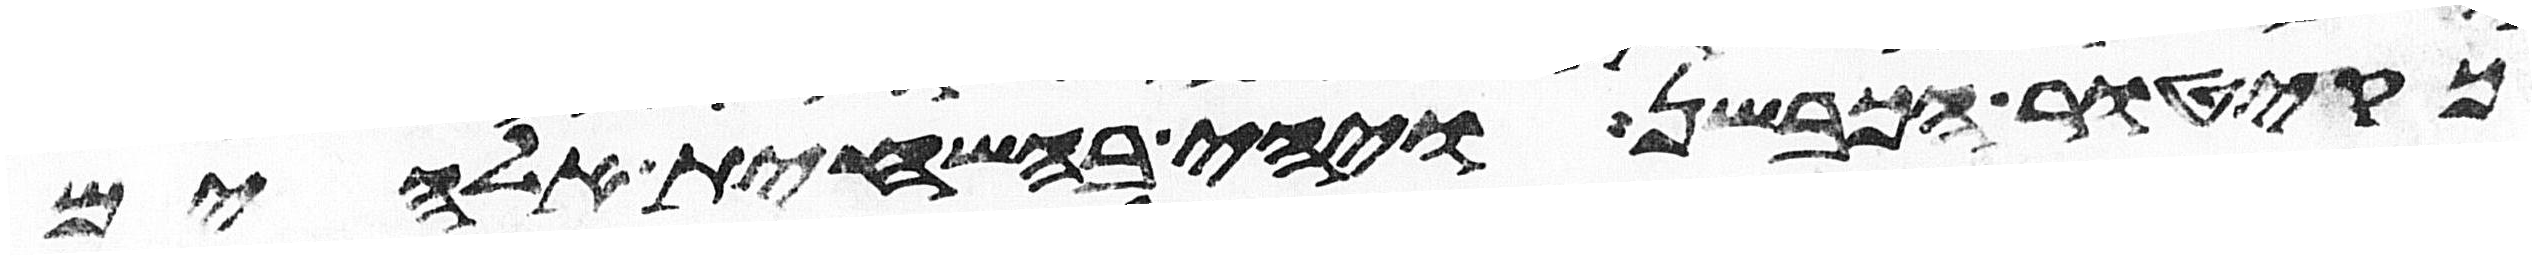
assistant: כקיטור הכבשן ויהי בהשחית אלהים